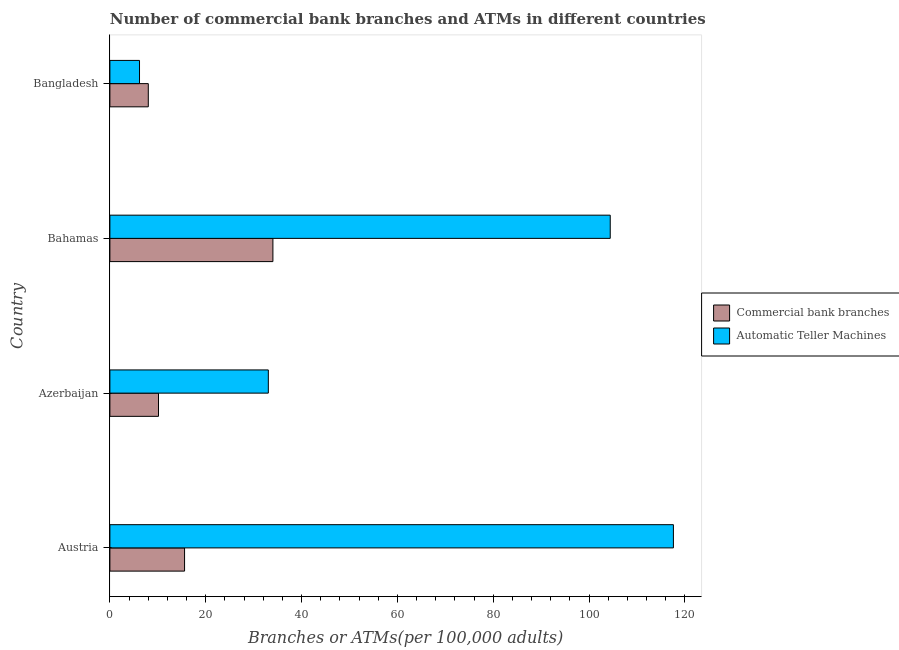
| Country | Commercial bank branches | Automatic Teller Machines |
 | --- | --- | --- |
 | Austria | 15.6 | 118 |
 | Azerbaijan | 10.1 | 33.1 |
 | Bahamas | 34 | 104 |
 | Bangladesh | 8.02 | 6.18 |